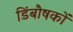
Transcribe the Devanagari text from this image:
डिंबौषकों